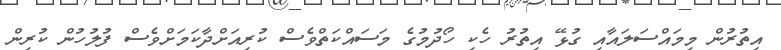
އިތުރުން މިމައްސަލައާއި ގުޅޭ އިތުރު ހެކި ހޯދުމުގެ މަސައްކަތްވެސް ކުރިއަށްދާކަމަށްވެސް ފުލުހުން ކުރިން